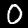
Digit: 0